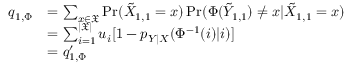
\begin{array} { r l } { q _ { 1 , \Phi } } & { = \sum _ { x \in \mathfrak { X } } \operatorname* { P r } ( \tilde { X } _ { 1 , 1 } = x ) \operatorname* { P r } ( \Phi ( \tilde { Y } _ { 1 , 1 } ) \neq x | \tilde { X } _ { 1 , 1 } = x ) } \\ & { = \sum _ { i = 1 } ^ { | \mathfrak { X } | } u _ { i } [ 1 - p _ { Y | X } ( \Phi ^ { - 1 } ( i ) | i ) ] } \\ & { = q _ { 1 , \Phi } ^ { \prime } } \end{array}